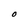
Character: O